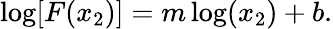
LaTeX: \mathrm{log}[F(x_{2})]=m\log(x_{2})+b.